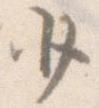
少